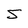
Character: S